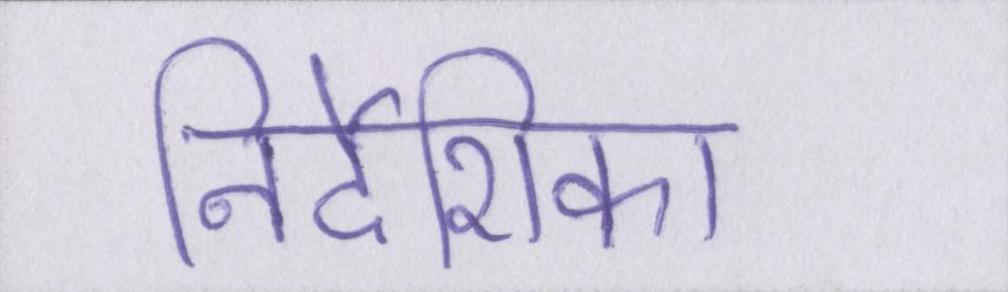
निर्देशिका